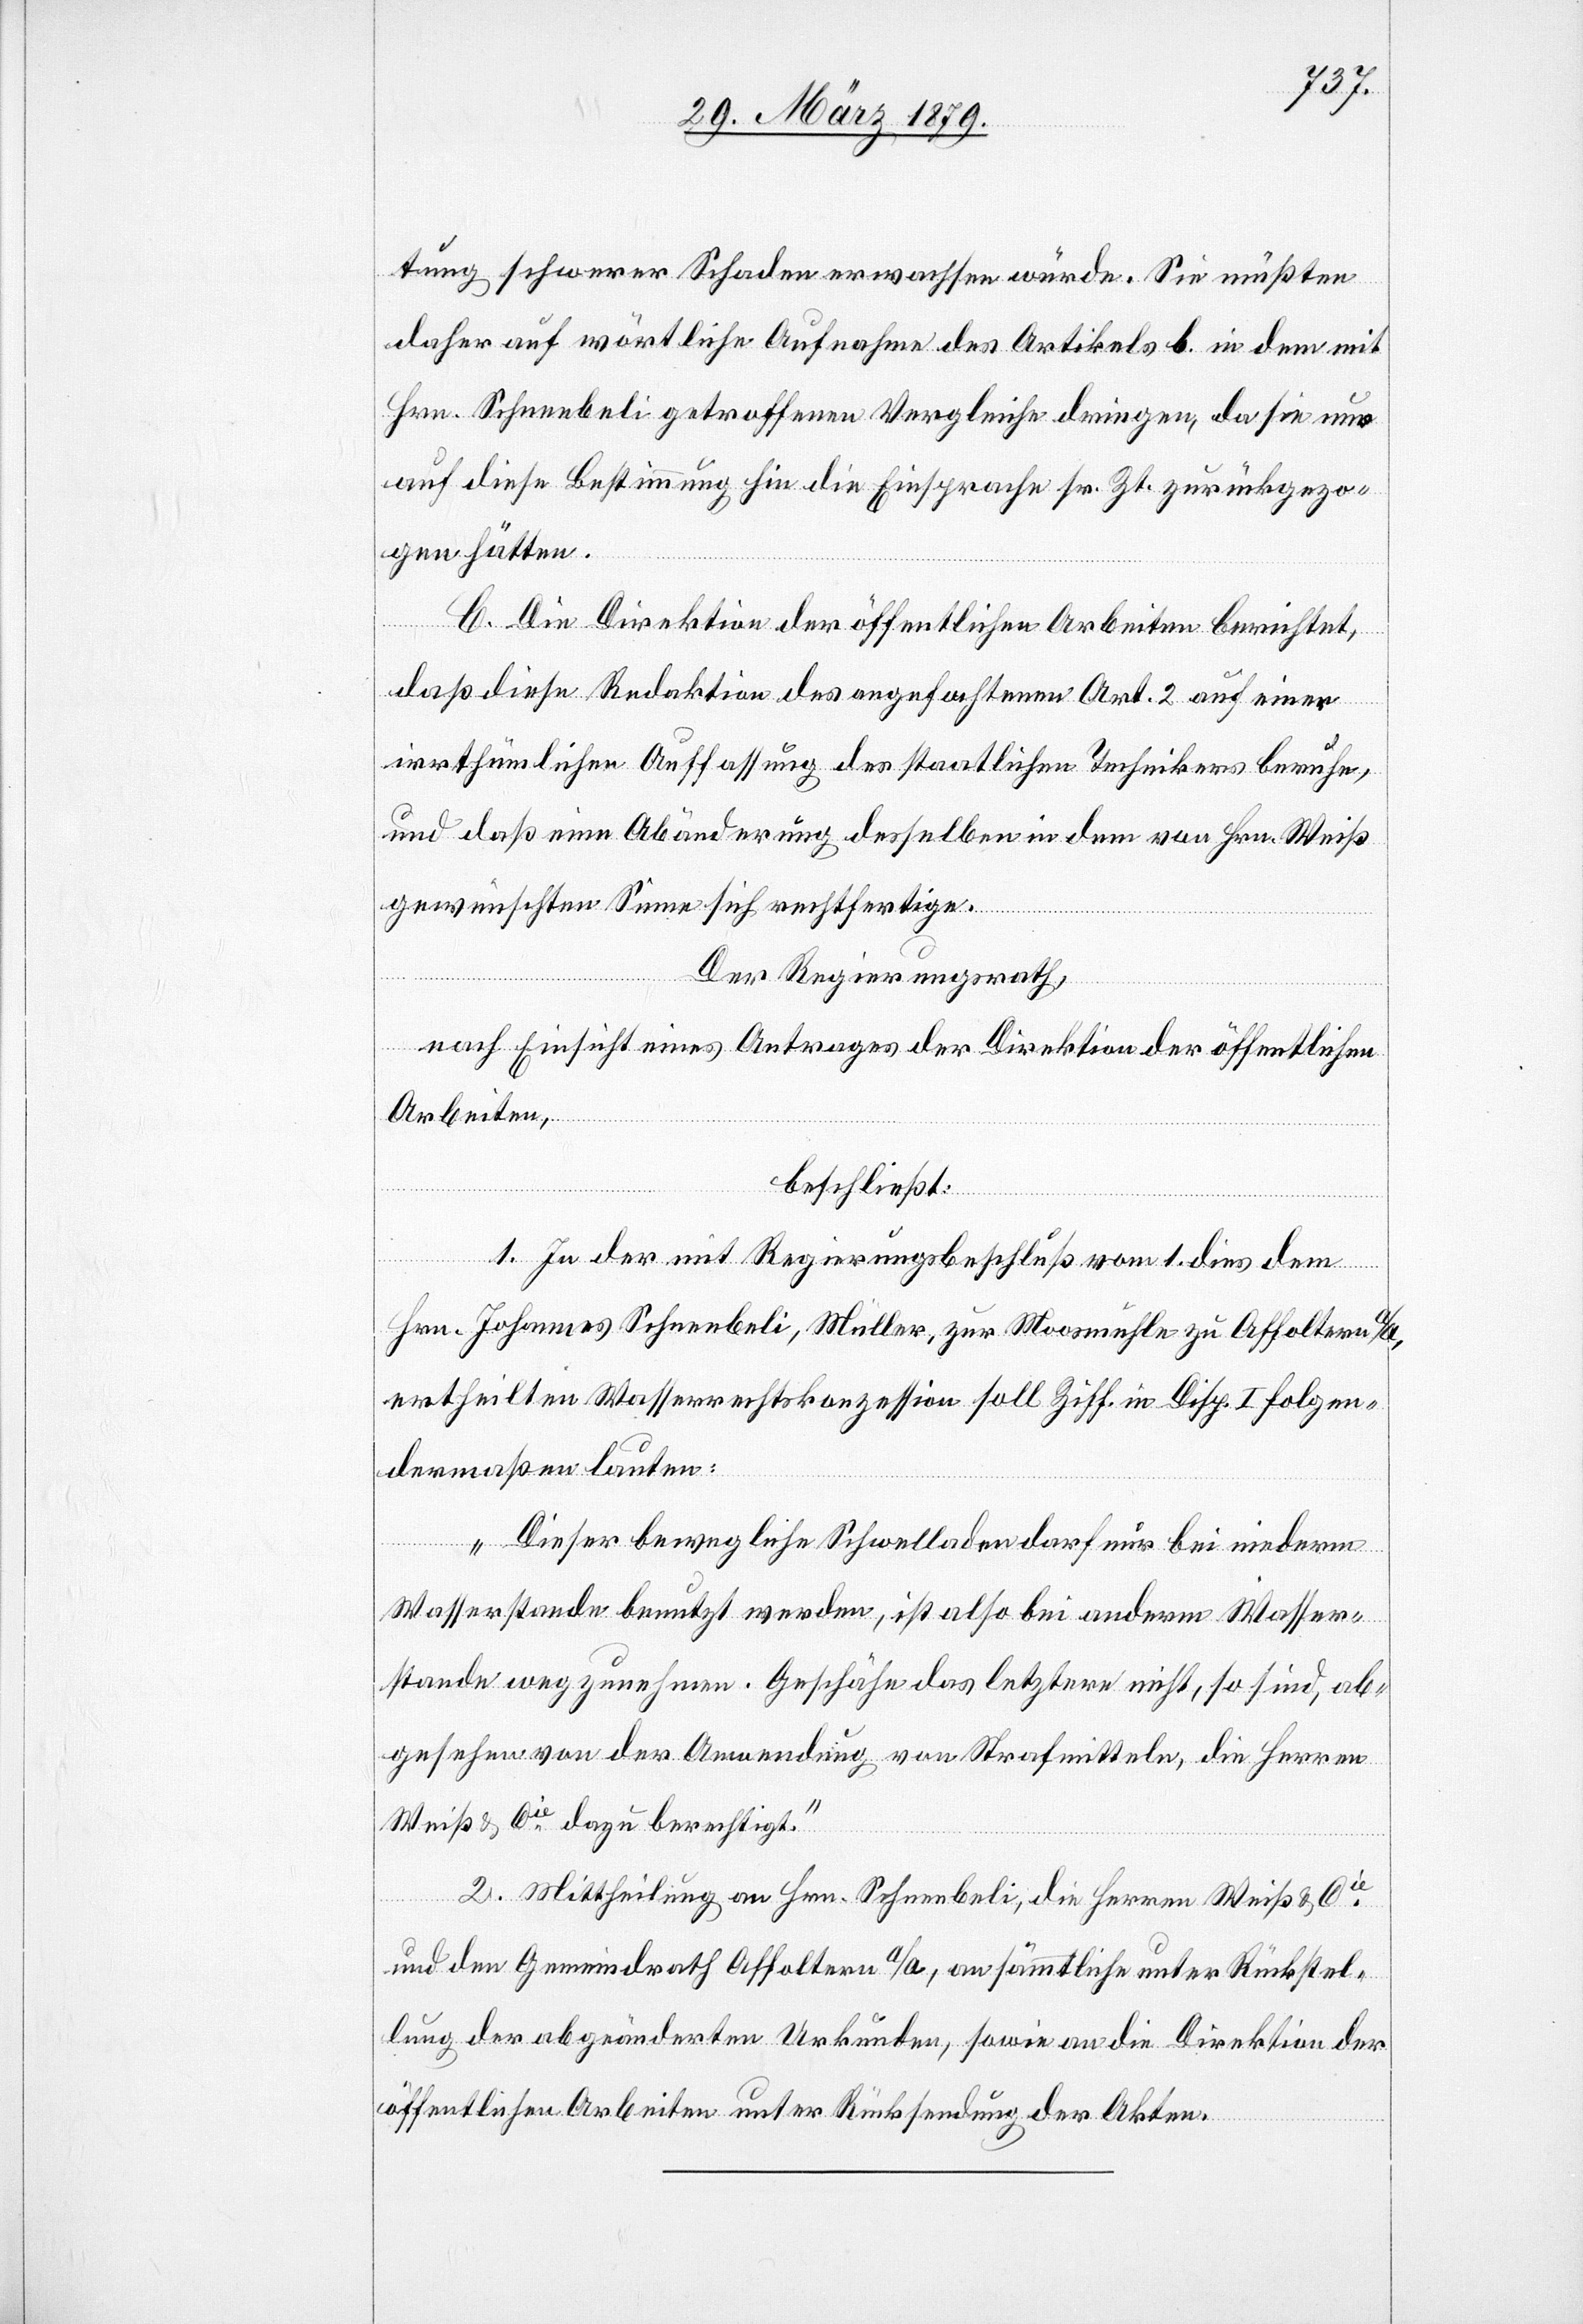
tung schwerer Schaden erwachsen würde. Sie müßten
daher auf wörtliche Aufnahme des Artikels b. in dem mit
Hrn. Schneebeli getroffenen Vergleiche dringen, da sie nur
auf diese Bestimmung hin die Einsprache sr. Zt. zurückgezo¬
gen hätten.
C. Die Direktion der öffentlichen Arbeiten berichtet,
daß diese Redaktion des angefochtenen Art. 2 auf einer
irrthümlichen Auffassung des staatlichen Technikers beruhe,
und daß eine Abänderung desselben in dem von Hrn. Weiß
gewünschten Sinne sich rechtfertige.
Der Regierungsrath,
nach Einsicht eines Antrages der Direktion der öffentlichen
Arbeiten,
beschließt:
1. In der mit Regierungsbeschluß vom 1. dies dem
Hrn. Johannes Schneebeli, Müller, zur Moosmühle zu Affoltern a/A.,
ertheilten Wasserrechtskonzession soll Ziff. [2] in Disp. I folgen¬
dermaßen lauten:
„Dieser bewegliche Schwelladen darf nur bei niederm
Wasserstande benutzt werden, ist also bei anderm Wasser¬
stande wegzunehmen. Geschähe das letztere nicht, so sind, ab¬
gesehen von der Anwendung von Strafmitteln, die Herren
Weiß & Cie dazu berechtigt.“
2. Mittheilung an Hrn. Schneebeli, die Herren Weiß & Cie
und den Gemeindrath Affoltern a/A., an sämmtliche unter Rückstel¬
lung der abgeänderten Urkunden, sowie an die Direktion der
öffentlichen Arbeiten unter Rücksendung der Akten.